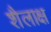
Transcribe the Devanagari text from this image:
शैलाक्ष